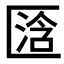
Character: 𱑋